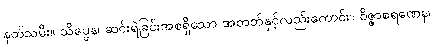
နတ်သမီး။ သိပ္ပေန၊ ဆင်းရဲခြင်းအစရှိသော အတတ်နှင့်လည်းကောင်း။ ဝိဇ္ဇာစရဏေန၊